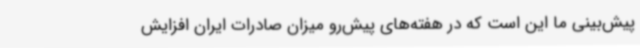
پیش‌بینی ما این است که در هفته‌های پیش‌رو میزان صادرات ایران افزایش